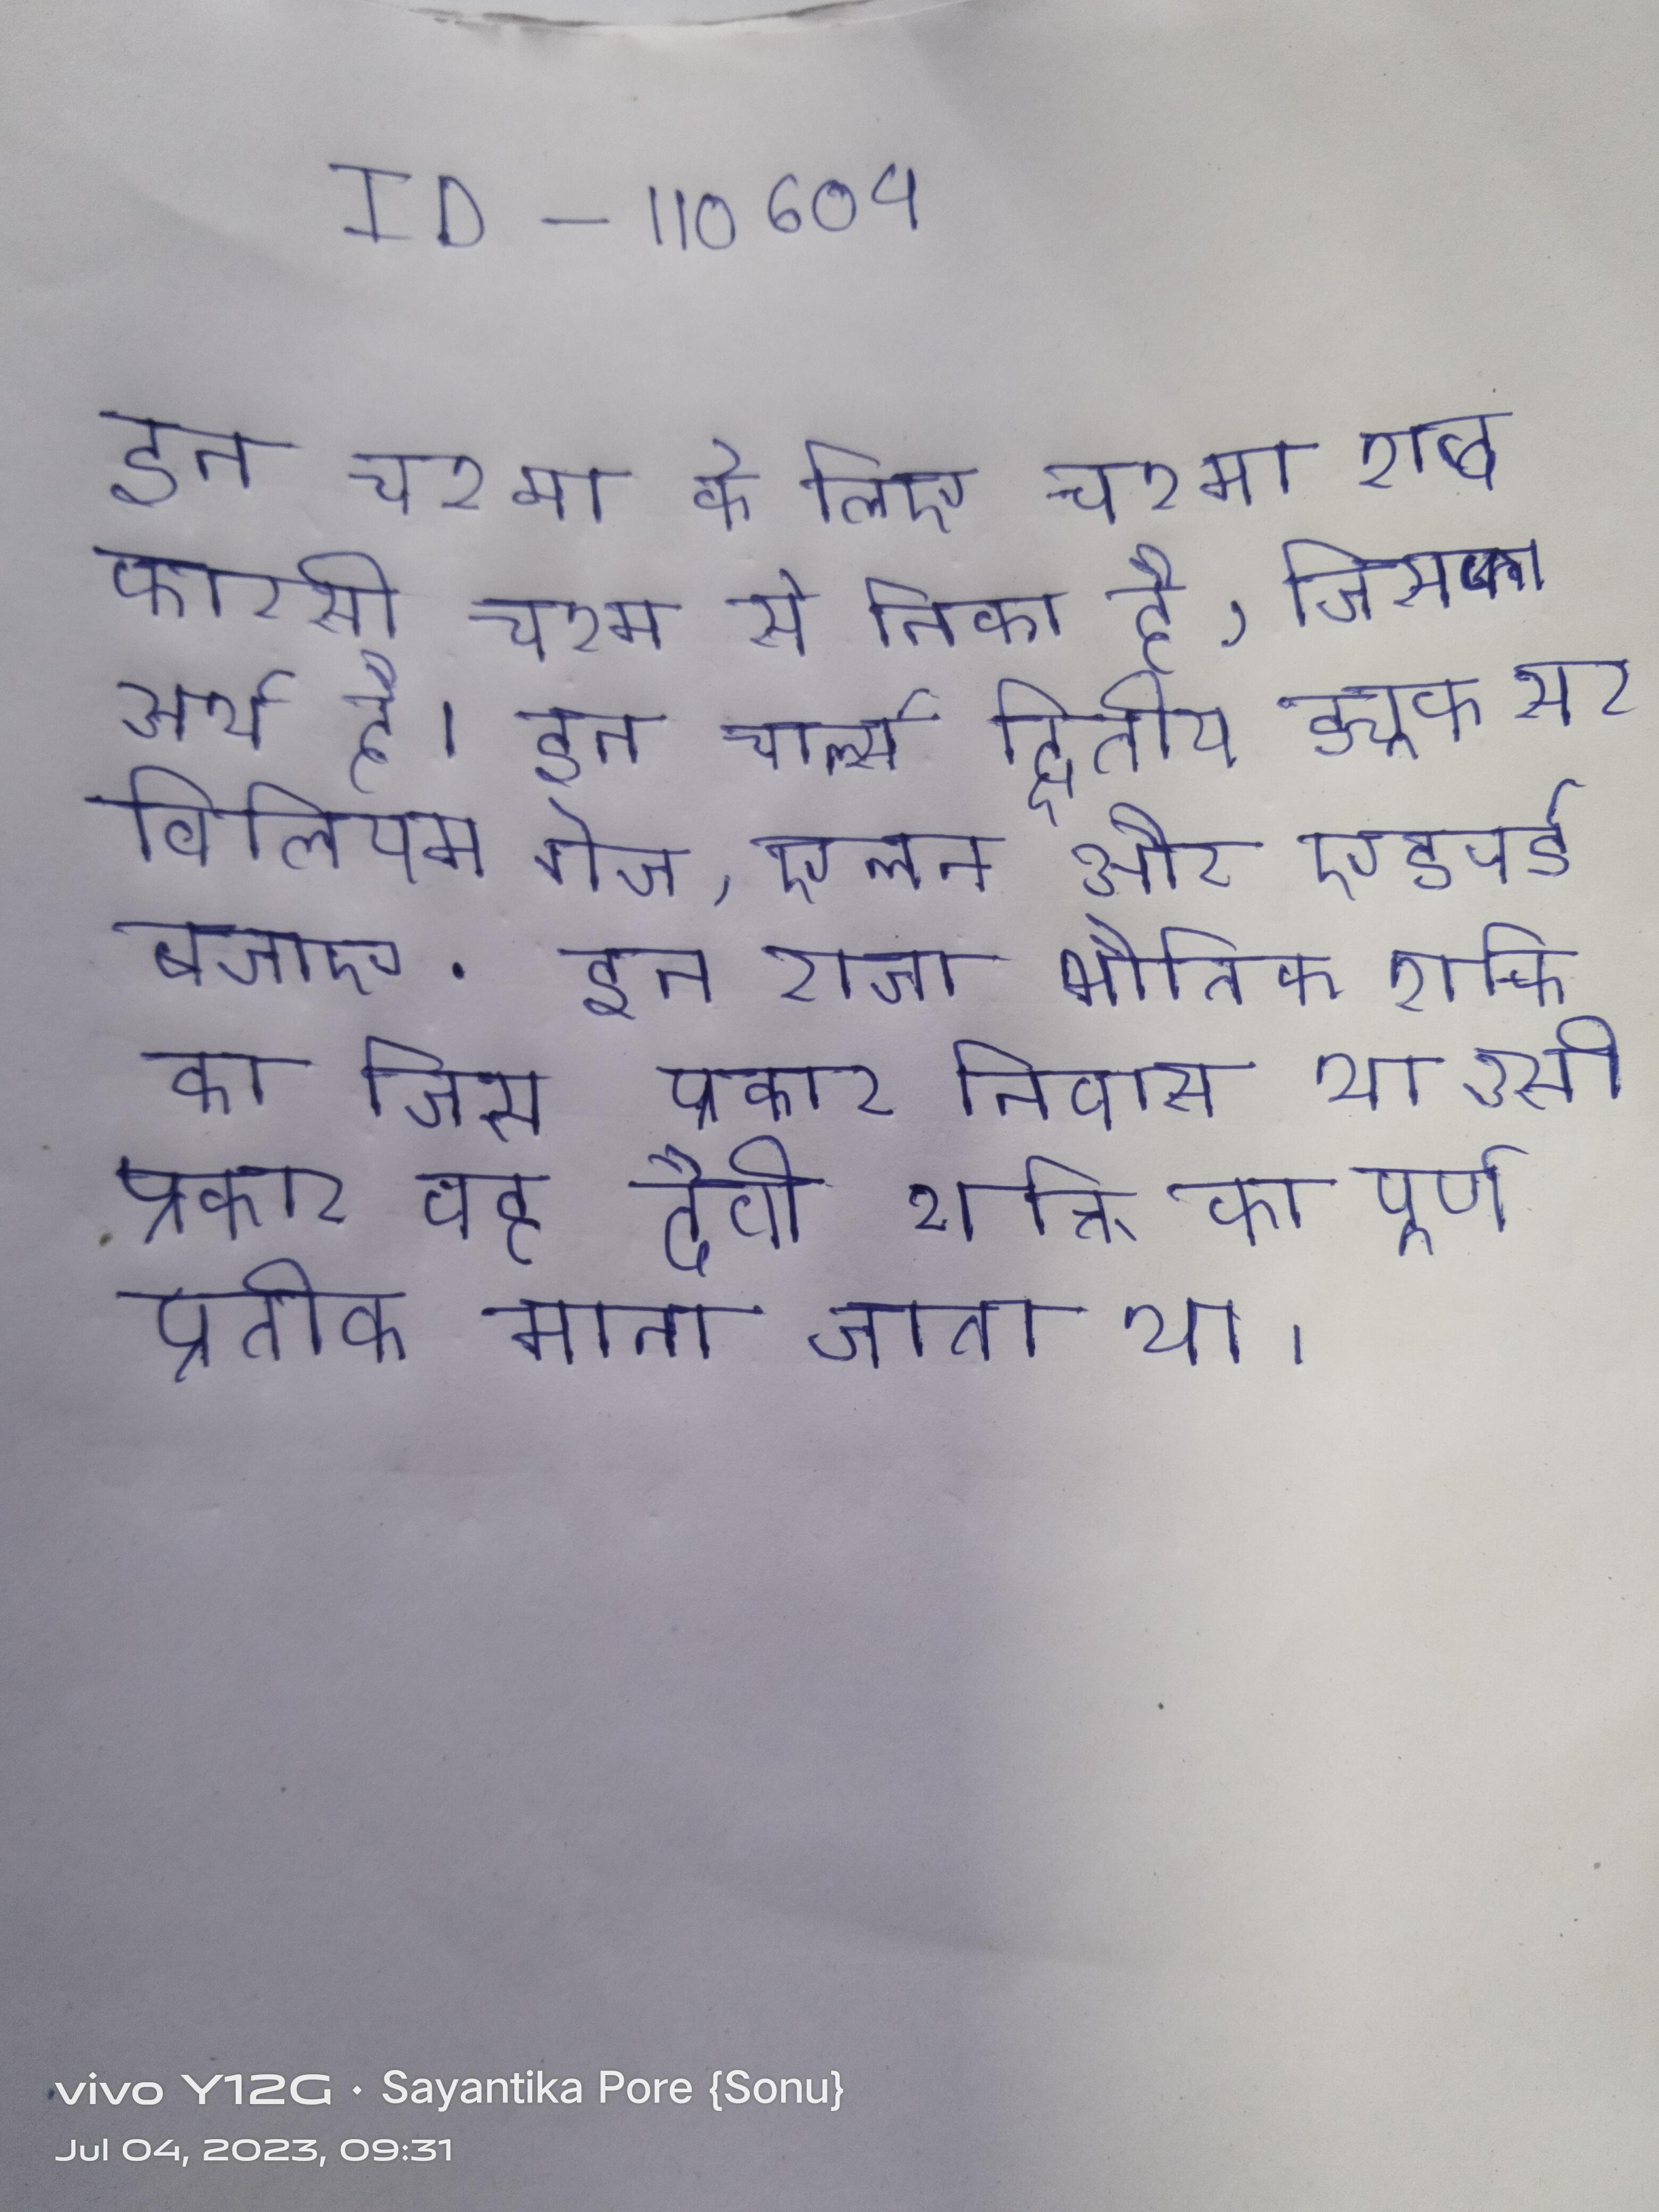
इन चश्मा के लिए चश्मा शब्द फारसी चश्म से निका है, जिसका अर्थ है । इन चार्ल्स द्वितीय ड्यूक सर विलियम गेज, एलन और एडवर्ड बजाए . इन राजा भौतिक शक्ति का जिस प्रकार निवास था उसी प्रकार वह दैवी शक्ति का पूर्ण प्रतीक माना जाता था ।